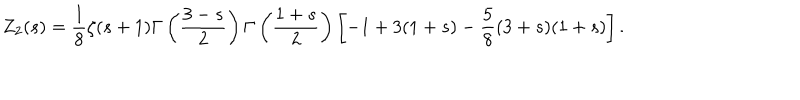
Z _ { 2 } ( s ) = \frac { 1 } { 8 } \zeta ( s + 1 ) \Gamma \left( \frac { 3 - s } { 2 } \right) \Gamma \left( \frac { 1 + s } { 2 } \right) \left[ - 1 + 3 ( 1 + s ) - \frac { 5 } { 8 } ( 3 + s ) ( 1 + s ) \right] .